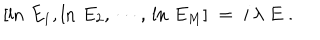
[ \ln \, E _ { 1 } , \ln \, E _ { 2 } , \, \cdots , \, \ln \, E _ { M } ] \; = \; i \, \lambda \; E \; .